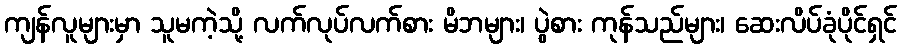
ကျန်လူများမှာ သူမကဲ့သို့ လက်လုပ်လက်စား မိဘများ၊ ပွဲစား ကုန်သည်များ၊ ဆေးလိပ်ခုံပိုင်ရှင်